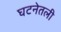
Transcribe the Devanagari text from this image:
घटनेतली